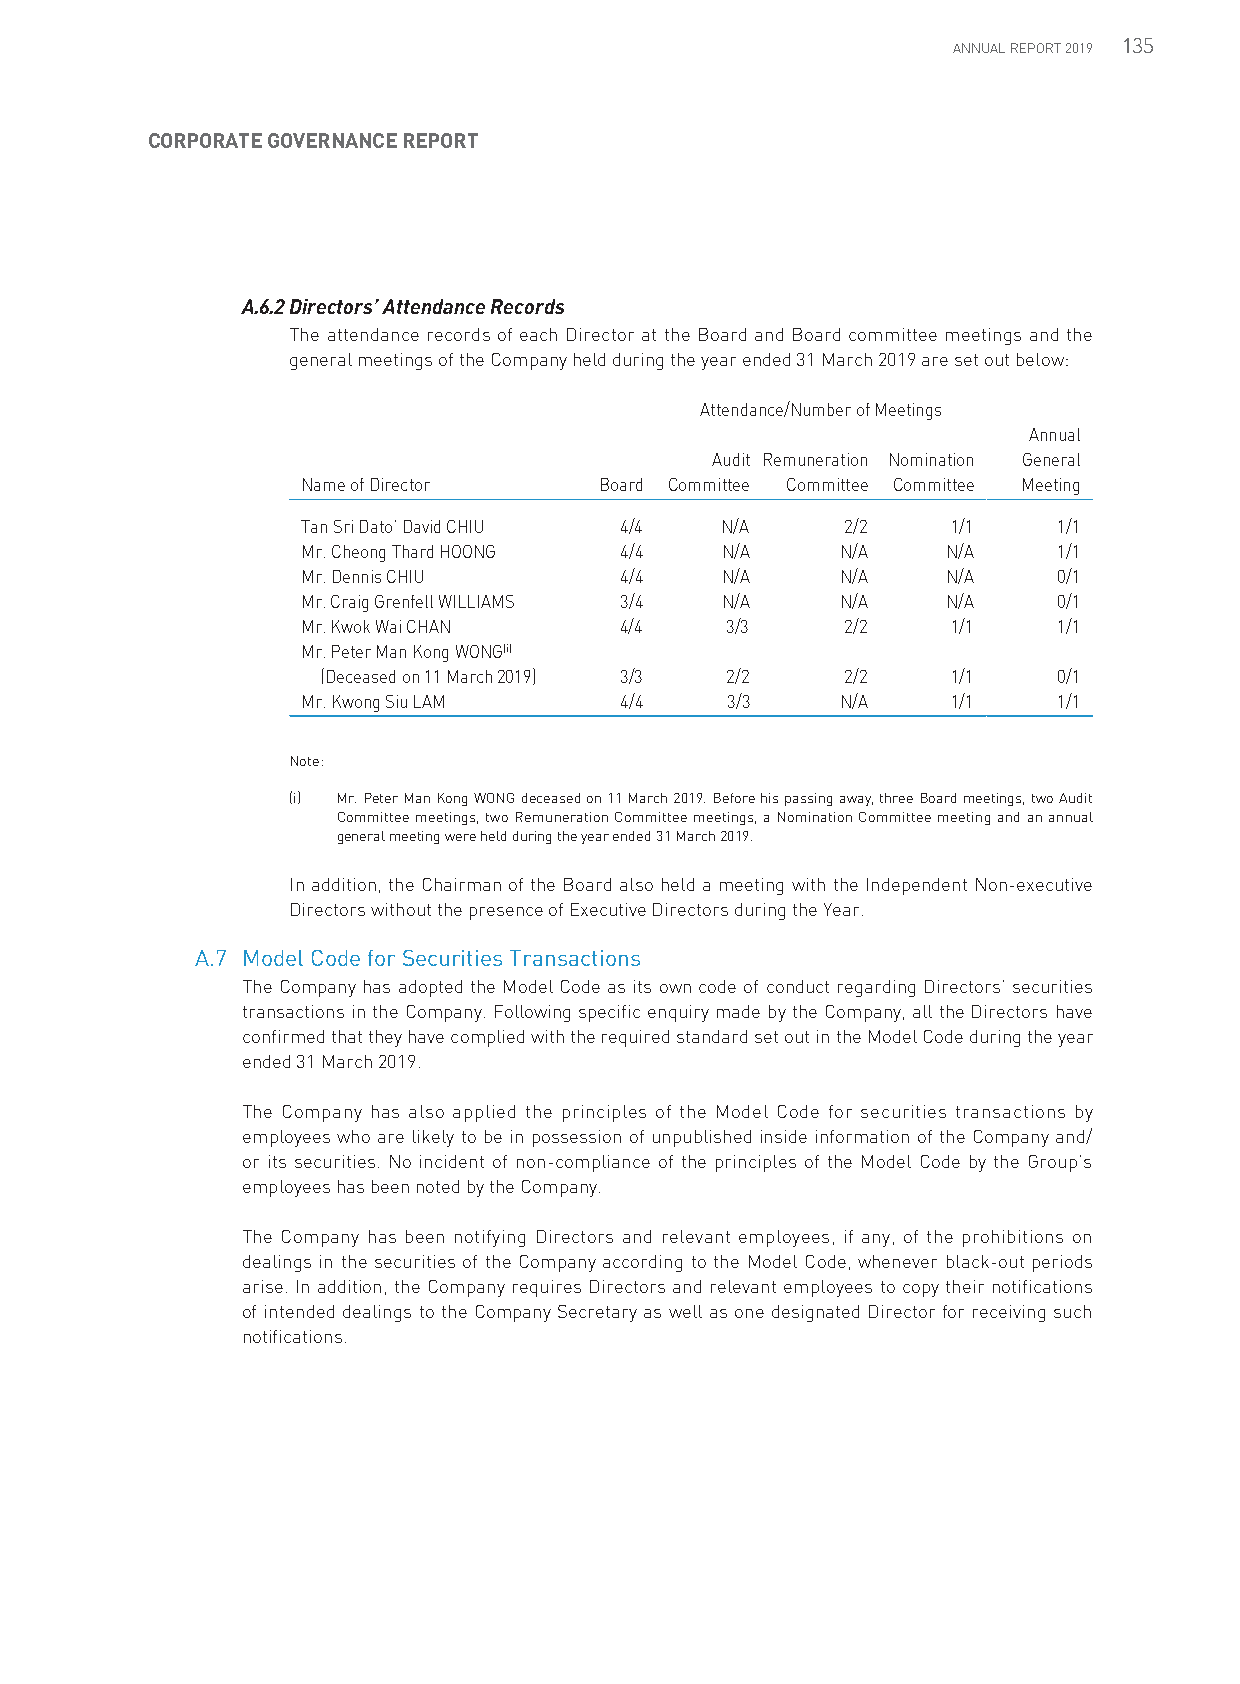
135
 ANNUAL REPORT 2019
 CORPORATE GOVERNANCE REPORT
 A.6.2 Directors’ Attendance Records
 The attendance records of each Director at the Board and Board committee meetings and the
 general meetings of the Company held during the year ended 31 March 2019 are set out below:
 Attendance/Number of Meetings
 Annual
 Audit Remuneration Nomination General
 Name of Director    Board Committee Committee Committee Meeting
 Tan Sri Dato’ David CHIU 4/4 N/A    2/2    1/1    1/1
 Mr. Cheong Thard HOONG 4/4  N/A     N/A    N/A    1/1
 Mr. Dennis CHIU      4/4    N/A     N/A    N/A    0/1
 Mr. Craig Grenfell WILLIAMS 3/4 N/A N/A    N/A    0/1
 Mr. Kwok Wai CHAN    4/4    3/3     2/2    1/1    1/1
 Mr. Peter Man Kong WONG(i)
 (Deceased on 11 March 2019) 3/3 2/2 2/2   1/1    0/1
 Mr. Kwong Siu LAM    4/4    3/3     N/A    1/1    1/1
 Note:
 (i) Mr. Peter Man Kong WONG deceased on 11 March 2019. Before his passing away, three Board meetings, two Audit
 Committee meetings, two Remuneration Committee meetings, a Nomination Committee meeting and an annual
 general meeting were held during the year ended 31 March 2019.
 In addition, the Chairman of the Board also held a meeting with the Independent Non-executive
 Directors without the presence of Executive Directors during the Year.
 A.7 Model Code for Securities Transactions
 The Company has adopted the Model Code as its own code of conduct regarding Directors’ securities
 transactions in the Company. Following specific enquiry made by the Company, all the Directors have
 confirmed that they have complied with the required standard set out in the Model Code during the year
 ended 31 March 2019.
 The Company has also applied the principles of the Model Code for securities transactions by
 employees who are likely to be in possession of unpublished inside information of the Company and/
 or its securities. No incident of non-compliance of the principles of the Model Code by the Group’s
 employees has been noted by the Company.
 The Company has been notifying Directors and relevant employees, if any, of the prohibitions on
 dealings in the securities of the Company according to the Model Code, whenever black-out periods
 arise. In addition, the Company requires Directors and relevant employees to copy their notifications
 of intended dealings to the Company Secretary as well as one designated Director for receiving such
 notifications.